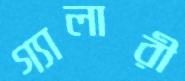
গ্যালারী